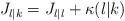
LaTeX: \begin{align*}J_{l|k}=J_{l|l}+\kappa(l|k)\end{align*}